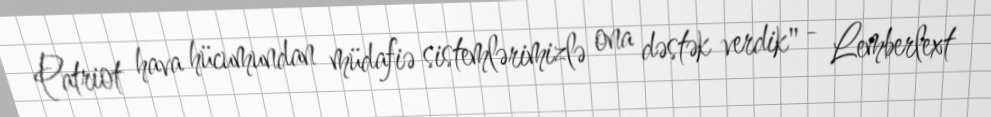
Patriot hava hücumundan müdafiə sistemlərimizlə ona dəstək verdik" - Lemberlext